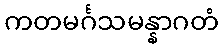
ကတမင်္ဂသမန္နာဂတံ